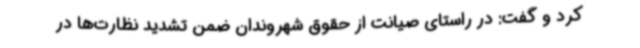
کرد و گفت: در راستای صیانت از حقوق شهروندان ضمن تشدید نظارت‌ها در